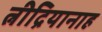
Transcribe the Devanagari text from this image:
त्नीद्रियानाह